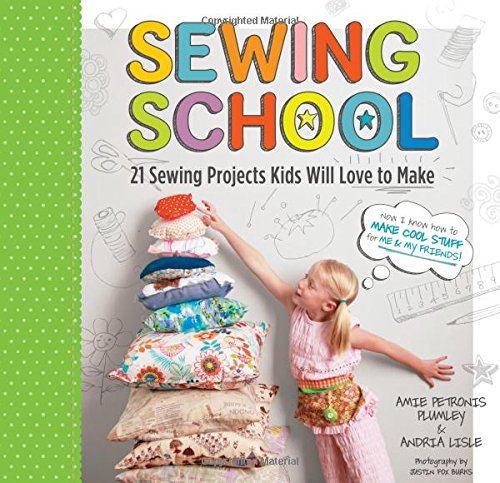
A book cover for Sewing School: 21 Sewing Projects Kids Will Love to Make; Andria Lisle; Crafts, Hobbies & Home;